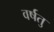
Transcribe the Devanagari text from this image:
वर्षतु